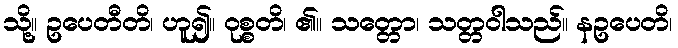
သို့။ ဥပေတီတိ၊ ဟူ၍။ ဝုစ္စတိ၊ ၏။ သတ္တော၊ သတ္တဝါသည်။ နဥပေတိ၊